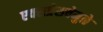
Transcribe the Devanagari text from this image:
एक्सप्रेसवेमुळे